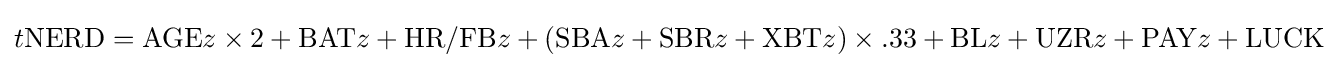
t{\text{NERD}}={\text{AGE}}z\times 2+{\text{BAT}}z+{\text{HR}}/{\text{FB}}z+({\text{SBA}}z+{\text{SBR}}z+{\text{XBT}}z)\times .33+{\text{BL}}z+{\text{UZR}}z+{\text{PAY}}z+{\text{LUCK}}